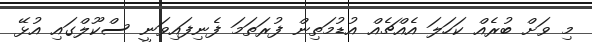
މި ވަށް ބުރެއް ކަހަލަ އެއްޗެއް އުޑުމަތިން ފުރަތަމަ ފެނިފައިވަނީ ސްކޫލްގައި އުޅޭ